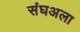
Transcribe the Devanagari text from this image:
संघअला